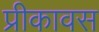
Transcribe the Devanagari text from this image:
प्रीकावस